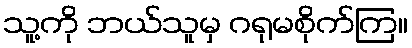
သူ့ကို ဘယ်သူမှ ဂရုမစိုက်ကြ။